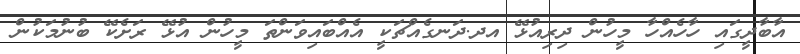
އާބާދީގައި ހާހެއްހާ މީހުން ދިރިއުޅޭ އދ.ދަނގެއްޗަކީ އެއްބައިވަންތަ މީހުން އުޅޭ ރަށެކޭ ބުނުމަކުން